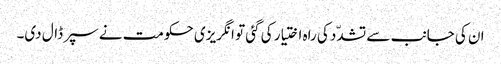
ان کی جانب سے تشدّد کی راہ اختیار کی گئی تو انگریزی حکومت نے سپر ڈال دی۔